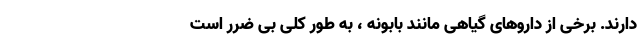
دارند. برخی از داروهای گیاهی مانند بابونه ، به طور کلی بی ضرر است